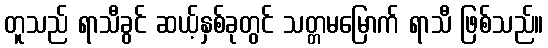
တူသည် ရာသီခွင် ဆယ့်နှစ်ခုတွင် သတ္တမမြောက် ရာသီ ဖြစ်သည်။